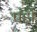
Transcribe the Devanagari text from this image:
पंड़ों